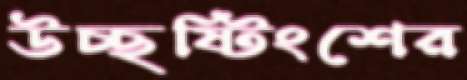
উচ্ছষ্টিংশের